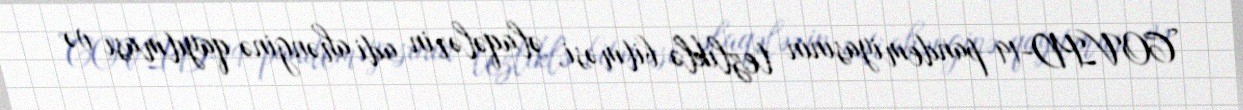
COVID-19 pandemiyasının tezliklə bitməsi, əlaqələrin adi ahənginə qayıtması və